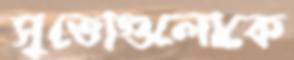
সুতোগুলোকে